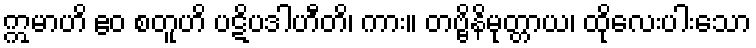
ဣမာဟိ ဧဝ စတူဟိ ပဋိပဒါဟီတိ၊ ကား။ တဗ္ဗိနိမုတ္တာယ၊ ထိုလေးပါးသော